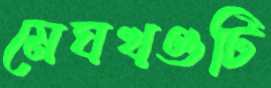
মেঘখণ্ডটি